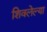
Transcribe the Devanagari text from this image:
शिवलेल्या